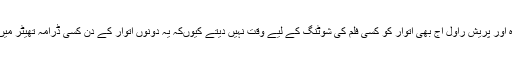
انہوں نے مزید بتایا کہ نصیر الدین شاہ اور پریش راول آج بھی اتوار کو کسی فلم کی شوٹنگ کے لیے وقت نہیں دیتے کیوںکہ یہ دونوں اتوار کے دن کسی ڈرامہ تھیٹر میں اپنی ادکاری کے جوہر دکھاتے ہیں ۔